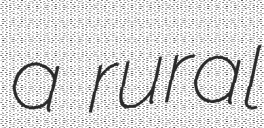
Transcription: a rural